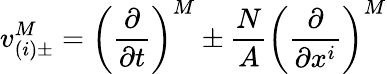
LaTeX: v_{(i)\pm}^{M}=\left(\frac{\partial}{\partial t}\right)^{M}\pm\frac{N}{A}\left(\frac{\partial}{\partial x^{i}}\right)^{M}